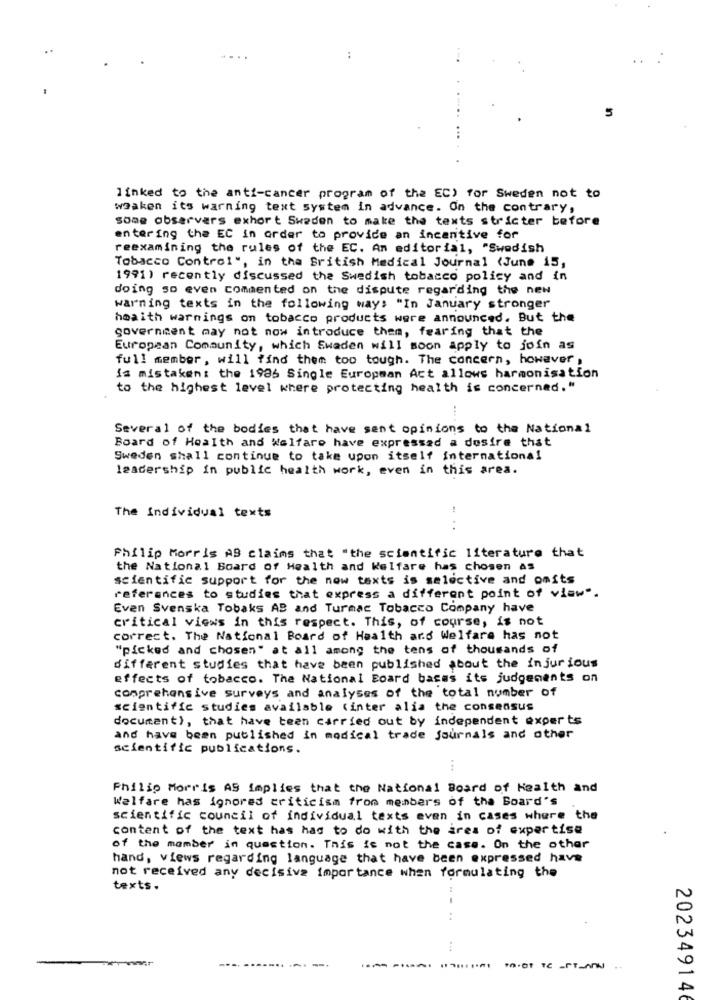
:
linked to the anti-cancer program of the EC) for Sweden not to
whaken its warning text system in advance. On the contrary,
some observers exhort Sweden to make the texts stricter before
entering the EC in order to provide an incentive for
reexamining the rules of the EC. An editorial, "Swedish
Tobacco Control", in the British Medical Journal (June 15,
1991) recently discussed the Swedish tobacco policy and in
doing so even commented on the dispute regarding the new
warning texts in the following ways "In January stronger
heaith warnings on tobacco products were announced. But the
government may not now introduce them, fearing that the
European Community, which Swaden will soon apply to join as
full member , will find them too tough. The concern, however ,
is mistaken: the 1986 Single European Act allows harmonisation
to the highest level where protecting health is concerned. "
Several of the bodies that have sent opinions to the National
Board of Health and Welfare have expressed a desire that
Sweden shall continue to take upon itself international
leadership in public health work, even in this area.
The Individual texts
Philip Morris AB claims that "the scientific literature that
the National Board of Health and Welfare has chosen As
scientific support for the now texts is selective and omits
references to studies that express a different point of view".
Even Svenska Tobaks AB and Turmac Tobacco Company have
critical views in this respect. This, of course, is not
correct. The National Board of Health ard Welfare has not
"picked and chosen" at all among the tens of thousands of
different studies that have been published about the injur ious
effects of tobacco. The National Board bases its judgements on
comprehensive surveys and analyses of the total number of
scientific studies available (inter alia the consensus
document), that have been carried out by independent experts
and have been published in medical trade journals and other
scientific publications.
Philip Morris AS implies that the National Board of Health and
Welfare has ignores criticism from members of the Board's
scientific council of individual texts even in cases where the
content of the text has has to do with the area of expertise
of the member in question. This is not the case. On the other
hand, views regarding language that have been expressed have
not received any decisiva importance when formulating the
texts.
---
-
202349146